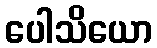
ပေါသိယော